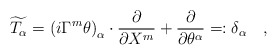
\begin{align*}\widetilde{T_\alpha }=\left( i\Gamma ^m\theta \right) _\alpha\cdot \frac \partial {\partial X^m}+\frac \partial {\partial \theta ^\alpha}=:\delta _\alpha \quad ,\end{align*}